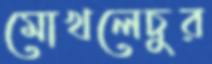
মোখলেচুর